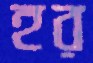
হর